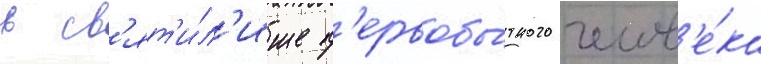
в св'ят'и́л'ище п'ервобы́тного челов'е́ка